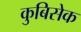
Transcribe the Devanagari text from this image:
कुबिसेक